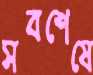
সবশেষে